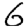
Digit: 6